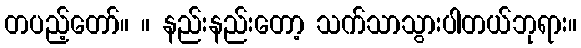
တပည့်တော်။ ။ နည်းနည်းတော့ သက်သာသွားပါတယ်ဘုရား။